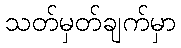
သတ်မှတ်ချက်မှာ